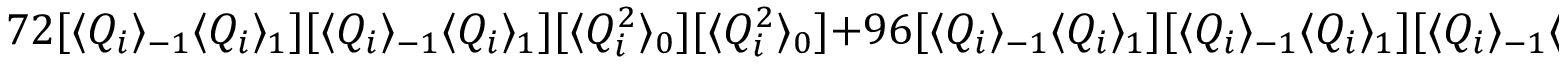
7 2 [ \langle Q _ { i } \rangle _ { - 1 } \langle Q _ { i } \rangle _ { 1 } ] [ \langle Q _ { i } \rangle _ { - 1 } \langle Q _ { i } \rangle _ { 1 } ] [ \langle Q _ { i } ^ { 2 } \rangle _ { 0 } ] [ \langle Q _ { i } ^ { 2 } \rangle _ { 0 } ] + 9 6 [ \langle Q _ { i } \rangle _ { - 1 } \langle Q _ { i } \rangle _ { 1 } ] [ \langle Q _ { i } \rangle _ { - 1 } \langle Q _ { i } \rangle _ { 1 } ] [ \langle Q _ { i } \rangle _ { - 1 } \langle Q _ { i } \rangle _ { 1 } ] [ \langle Q _ { i } \rangle _ { 1 } \langle Q _ { i } \rangle _ { - 1 } ]